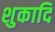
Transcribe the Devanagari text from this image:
शुकादि